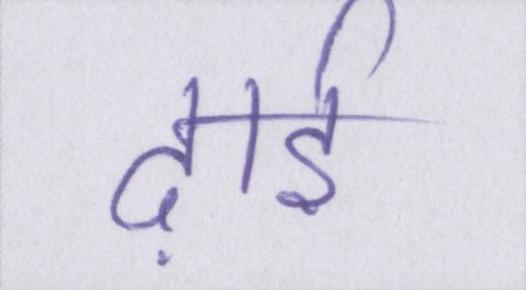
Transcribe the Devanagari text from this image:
ढ़ाई